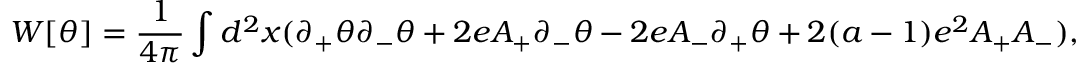
W [ \theta ] = { \frac { 1 } { 4 \pi } } \int d ^ { 2 } x ( \partial _ { + } \theta \partial _ { - } \theta + 2 e A _ { + } \partial _ { - } \theta - 2 e A _ { - } \partial _ { + } \theta + 2 ( a - 1 ) e ^ { 2 } A _ { + } A _ { - } ) ,